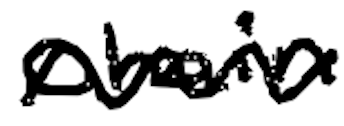
Text: chain
Cross-out: zig-zag
Writing tool: digital_black